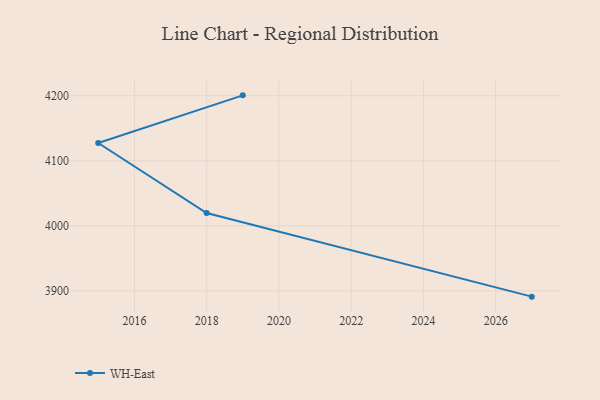
{"axis": {"x": "Year", "y": "Latency (ms)"}, "legend": ["WH-East"], "data": [{"x": "2019", "y": 4200.6, "type": "WH-East"}, {"x": "2015", "y": 4127.3, "type": "WH-East"}, {"x": "2018", "y": 4019.7, "type": "WH-East"}, {"x": "2027", "y": 3891.0, "type": "WH-East"}]}